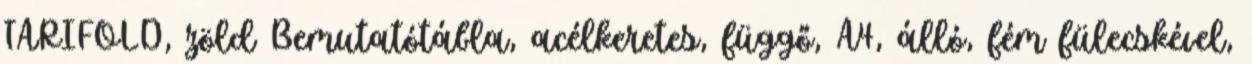
TARIFOLD, zöld Bemutatótábla, acélkeretes, függő, A4, álló, fém fülecskével,